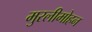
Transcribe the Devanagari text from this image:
मुरलीमोहन